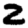
Digit: 2